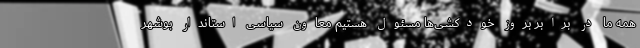
همه ما در برابر بروز خودکشی‌ها مسئول هستیم معاون سیاسی استاندار بوشهر